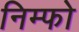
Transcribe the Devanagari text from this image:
निम्फो